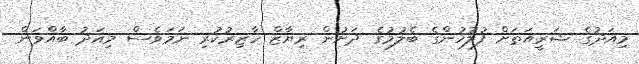
މިއަދުގެ ޝަރީއަތަށް ފުލުހުންގެ ބެލުމުގެ ދަށުން ރިޔާޒް ހާޒިރުކުރި ނަމަވެސް މިއަދު ބާއްވަން